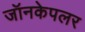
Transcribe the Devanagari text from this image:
जॉनकेपलर